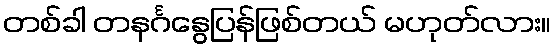
တစ်ခါ တနင်္ဂနွေပြန်ဖြစ်တယ် မဟုတ်လား။